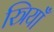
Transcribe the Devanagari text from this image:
स्त्रियॉँ